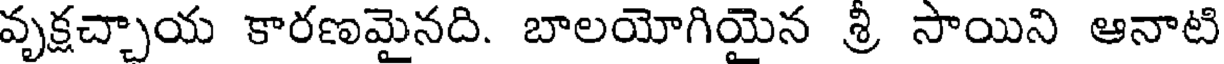
వృక్షచ్చాయ కారణమైనది. బాలయోగియైన శ్రీ సాయిని ఆనాటి